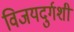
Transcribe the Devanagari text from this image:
विजयदुर्गशी